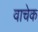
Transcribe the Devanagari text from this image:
वाचेक